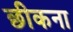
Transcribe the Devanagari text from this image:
छीकना